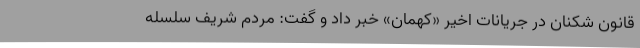
قانون شکنان در جریانات اخیر «کهمان» خبر داد و گفت: مردم شریف سلسله